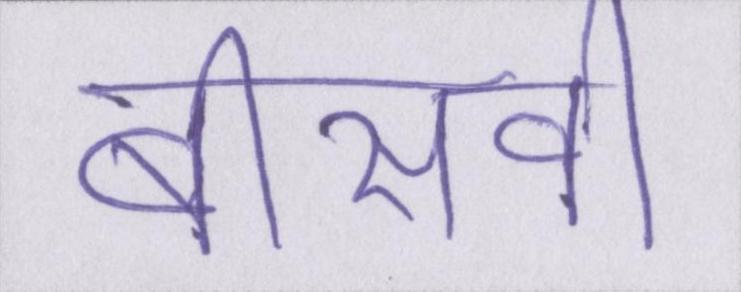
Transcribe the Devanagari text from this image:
बीसवीं